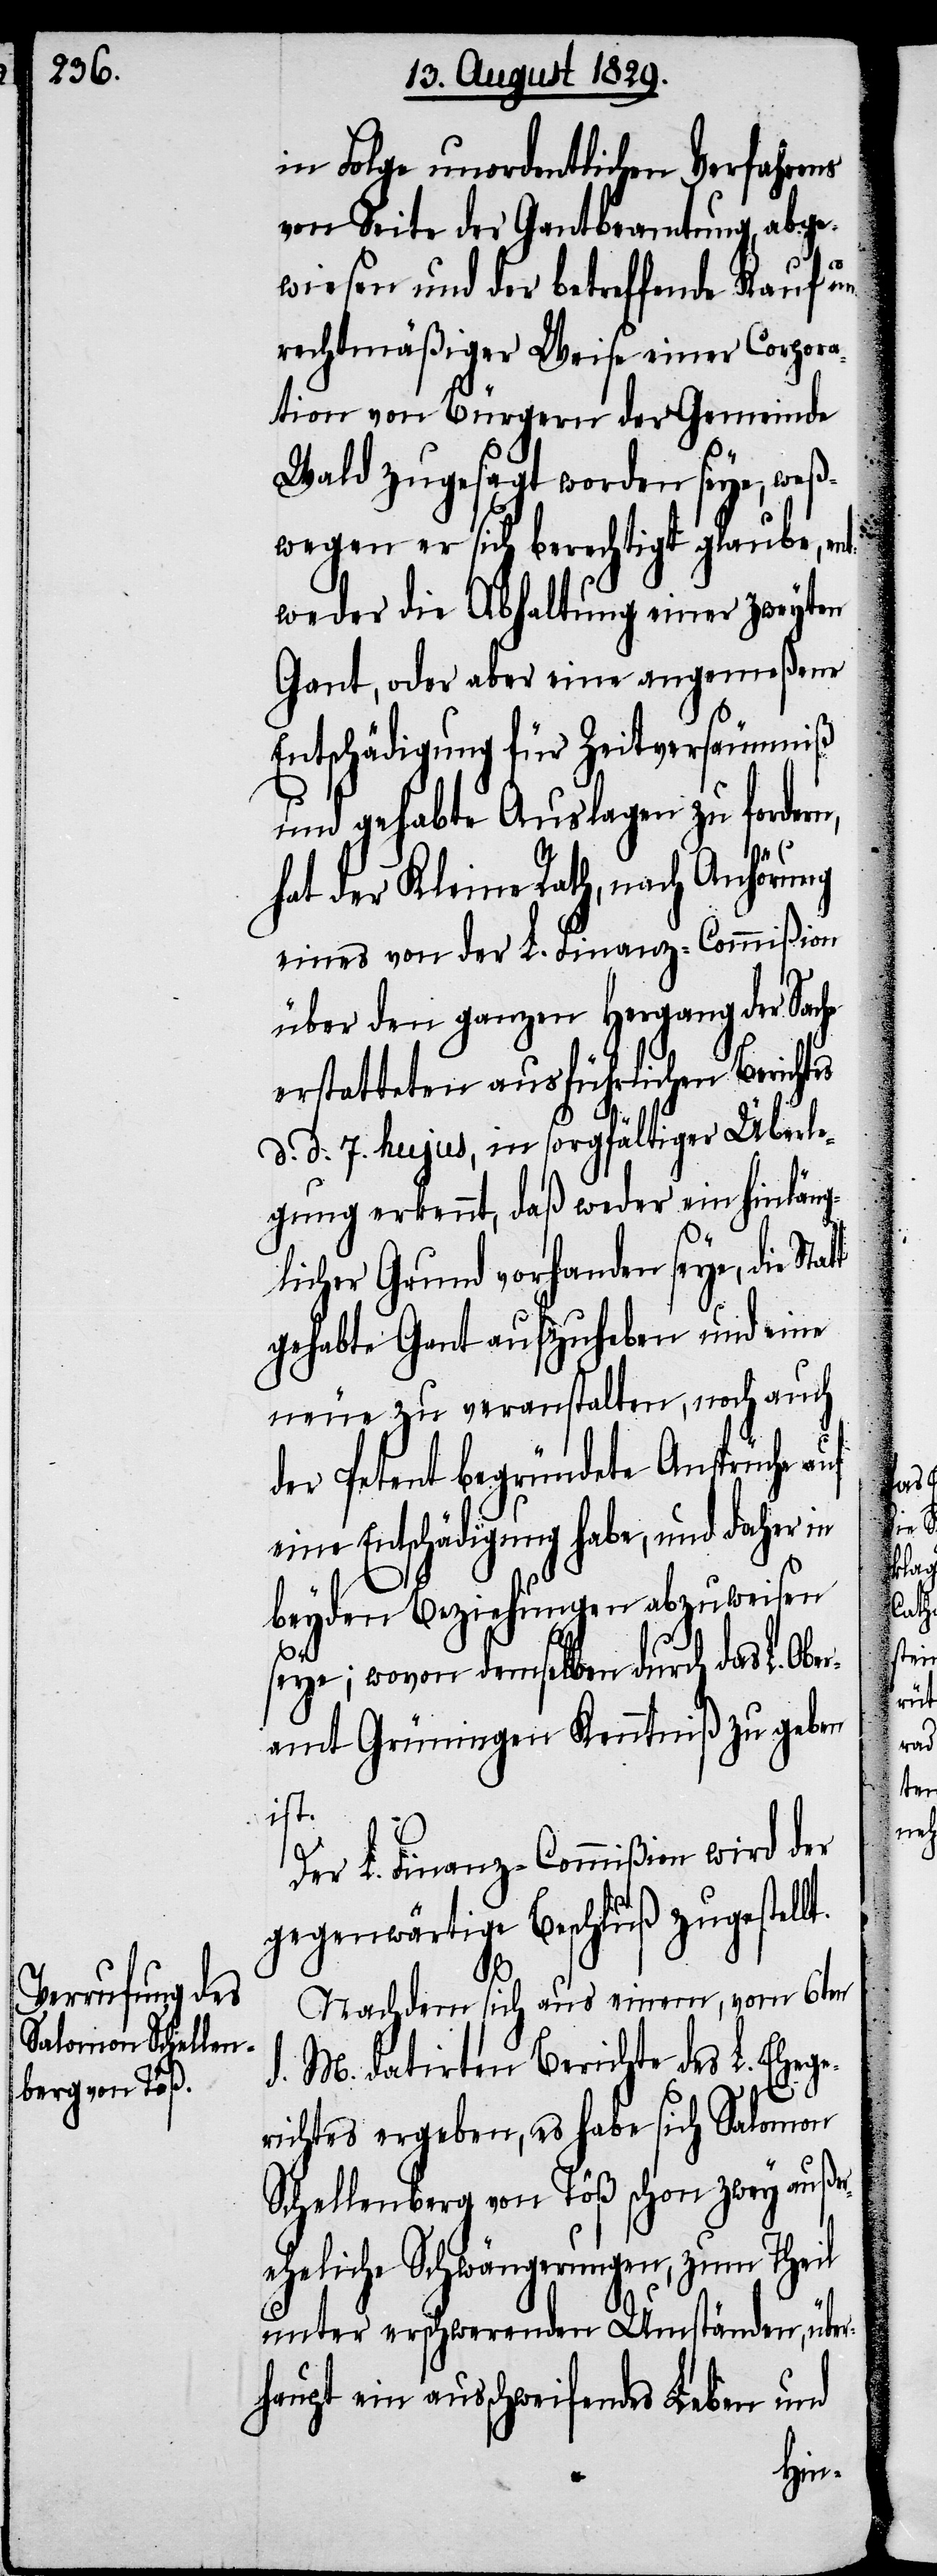
in Folge unordentlichen Verfahrens
von Seite der Gantbeamtung, abge¬
wiesen und der betreffende Kauf un¬
rechtmäßiger Weise einer Corpora¬
tion von Bürgern der Gemeinde
Wald zugesagt worden seye, weß¬
wegen er sich berechtigt glaube, en¬
tweder die Abhaltung einer zweyten
Gant, oder aber eine angemeßene
Entschädigung für Zeitversäumniß
und gehabte Auslagen zu fordern,
hat der Kleine Rath, nach Anhörung
eines von der L. Finanz-Commißion
über den ganzen Hergang der Sache
erstatteten ausführlichen Berichtes
d. d. 7. hujus, in sorgfältiger Überle¬
gung erkennt, daß weder ein hinläng¬
lt.
licher Grund vorhanden seye, die Stat¬
gehabte Gant aufzuheben und eine
neue zu veranstalten, noch auch
der Petent begründete Ansprüche auf
eine Entschädigung habe, und daher in
beyden Beziehungen abzuweisen
t
seye; wovon demselben durch das L. Ober¬
amt Grüningen Kenntniß zu geben
ist.
Der L. Finanz-Commißion wird der
gegenwärtige Beschluß zugestel¬
Nachdem sich aus einem, vom 6ten
d. M. datirten Berichte des L. Ehege¬
richtes ergeben, es habe sich Salomon
Schellenberg von Töß schon zwey außer¬
eheliche Schwängerungen, zum Theil
unter erschwerenden Umständen, über¬
haupt ein ausschweifendes Leben und